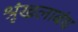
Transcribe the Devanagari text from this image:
श्रृंखलाबंध